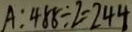
A : 4 8 8 \div 2 = 2 4 4